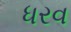
ધરવ